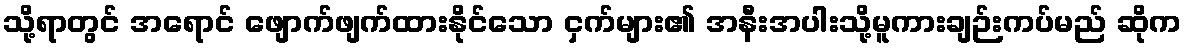
သို့ရာတွင် အရောင် ဖျောက်ဖျက်ထားနိုင်သော ငှက်များ၏ အနီးအပါးသို့မူကားချဉ်းကပ်မည် ဆိုက